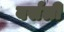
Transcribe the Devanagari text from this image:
वर्सली